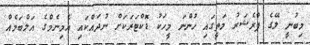
މިބުނީ ލޭގެ ޕްރެޝަރު މަތީގައި ހުންނަ މީހަކު ޑޮކްޓަރަކަށް ނުދައްކައި އެމިނެމްގެ އަލްބަމެއް